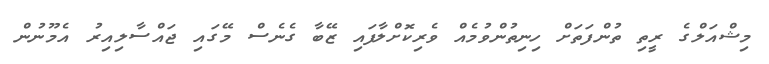
މިޝްއަލްގެ ރީތި ތުންފަތަށް ހިނިތުންވުމެއް ވެރިކޮށްލާފައި ޒޭބާ ގެނެސް މޭގައި ޖައްސާލިއިރު އެމޫނުން